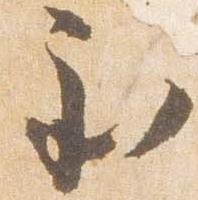
至